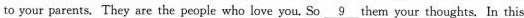
to your parents. They are the people who love you. So\underline{9}them your thoughts. In this